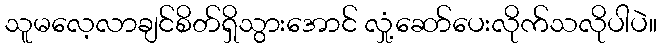
သူမလေ့လာချင်စိတ်ရှိသွားအောင် လှုံ့ဆော်ပေးလိုက်သလိုပါပဲ။